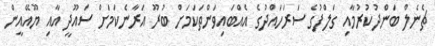
ޗެނެލް ބަންދުކުރުމާއި ގަލްފުގެ ސަރަހައްދުގެ އެއްބައިވަންތަކަމަށް ބުރޫ އަރާނެކަމަށް ސައޫދީ އާއި ޔޫއޭއީން